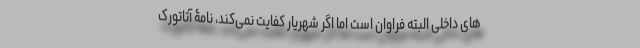
های داخلی البته فراوان است اما اگر شهریار کفایت نمی‌کند، نامۀ آتاتورک